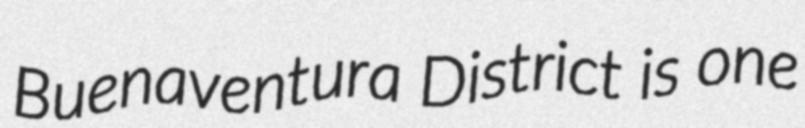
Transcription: Buenaventura District is one